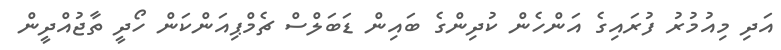
އަދި މިއުމުރު ފުރައިގެ އަންހެން ކުދިންގެ ބައިން ޑަބަލްސް ޗެމްޕިއަންކަން ހޯދީ ތާޖުއްދީން